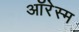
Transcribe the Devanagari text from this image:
ऑरेस्म